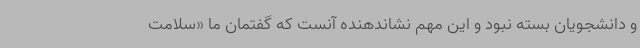
و دانشجویان بسته نبود و این مهم نشاندهنده آنست که گفتمان ما «سلامت